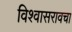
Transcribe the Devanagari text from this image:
विश्वासरावचा